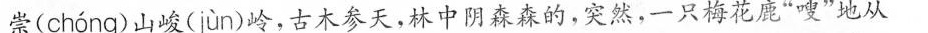
崇( chóng )山峻( jùn )岭，古木参天，林中阴森森的，突然，一只梅花鹿”嗖”地从